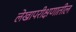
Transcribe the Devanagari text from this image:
लेखापरीक्षणातील